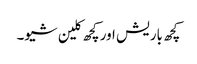
کچھ باریش اور کچھ کلین شیو۔